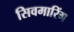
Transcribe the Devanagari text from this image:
सिवमारिंग